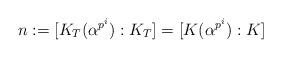
LaTeX: \begin{align*} n:=[K_T(\alpha^{p^i}):K_T]=[K(\alpha^{p^i}):K] \end{align*}